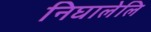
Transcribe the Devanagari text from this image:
निघालेलि